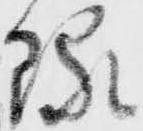
琢